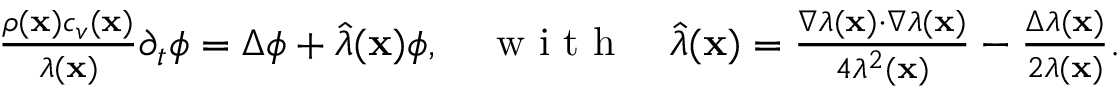
\begin{array} { r } { \frac { \rho ( \mathbf x ) c _ { v } ( \mathbf x ) } { \lambda ( \mathbf x ) } \partial _ { t } \phi = \Delta \phi + \hat { \lambda } ( \mathbf x ) \phi , \quad \textrm { w i t h } \quad \hat { \lambda } ( \mathbf x ) = \frac { \nabla \lambda ( \mathbf x ) \cdot \nabla \lambda ( \mathbf x ) } { 4 \lambda ^ { 2 } ( \mathbf x ) } - \frac { \Delta \lambda ( \mathbf x ) } { 2 \lambda ( \mathbf x ) } . } \end{array}